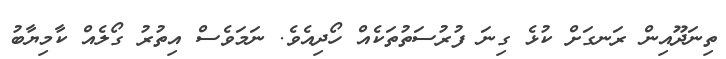
ތިނަދޫއިން ރަނގަށް ކުޅެ ގިނަ ފުރުސަތުތަކެއް ހޯދިއެވެ. ނަމަވެސް އިތުރު ގޯލެއް ކާމިޔާބު